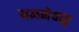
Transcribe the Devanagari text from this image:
यज्ञमेवाहु